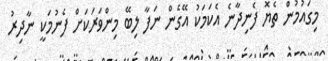
މިގައުމުންް ތެޔޮ ފެނިދާނެ އެކަމަކު އޭގެން ނަފާ ލިބޭ މިންވަރަކަށް ފެނުމަކީ ނާދިރު